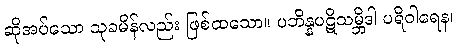
ဆိုအပ်သော သုခမိန်လည်း ဖြစ်ထသော။ ပဘိန္နပဋိသမ္ဘိဒါ ပရိဝါရေန၊